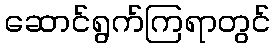
ဆောင်ရွက်ကြရာတွင်